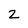
Character: 2